Indian journal of veterinary science and animal husbandry - Volume 13,
Year: 1943
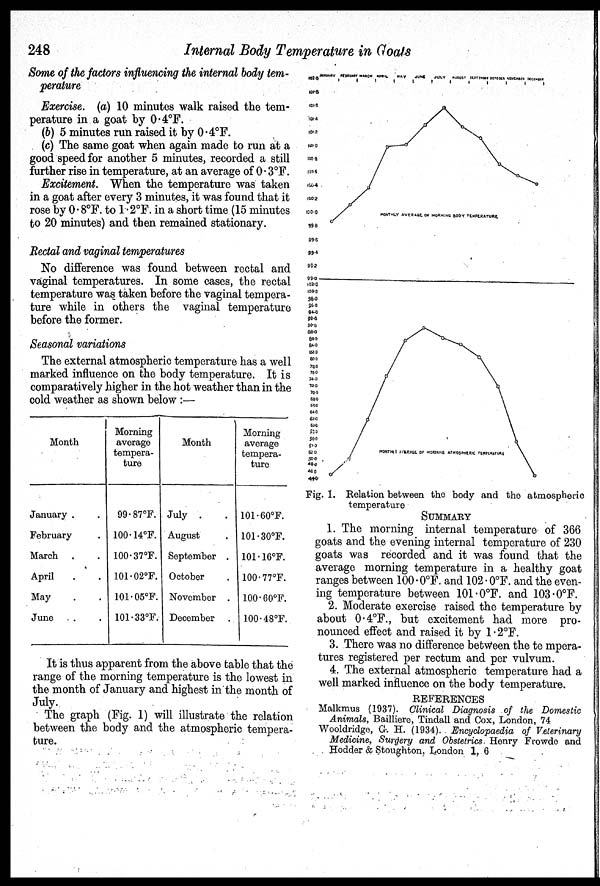
248
Internal Body Temperature in Goals
Some of the factors influencing the internal body tem-
perature
Exercise. (a) 10 minutes walk raised the tem-
perature in a goat by 0.4ºF.
(b) 5 minutes run raised it by 0.4ºF.
(c) The same goat when again made to run at a
good speed for another 5 minutes, recorded a still
further rise in temperature, at an average of 0.3ºF.
Excitement. When the temperature was taken
in a goat after every 3 minutes, it was found that it
rose by 0.8ºF. to 1.2ºF. in a short time (15 minutes
to 20 minutes) and then remained stationary.
Rectal and vaginal temperatures
No difference was found between rectal and
vaginal temperatures. In some cases, the rectal
temperature was taken before the vaginal tempera-
ture while in others the vaginal temperature
before the former.
Seasonal variations
The external atmospheric temperature has a well
marked influence on the body temperature. It is
comparatively higher in the hot weather than in the
cold weather as shown below :—
Month
January . .
February . .
March . .
April . .
May . .
June . .
Morning
average
tempera-
ture
99.87ºF.
100.14ºF.
100.37ºF.
101.02ºF.
101.05ºF.
101.33ºF.
Month
July . .
August .
September .
October .
November .
December .
Morning
average
tempera-
ture
101.60ºF.
101.30ºF.
101.16ºF.
100.77ºF.
100.60ºF.
100.48ºF.
It is thus apparent from the above table that the
range of the morning temperature is the lowest in
the month of January and highest in the month of
July.
The graph (Fig. 1) will illustrate the relation
between the body and the atmospheric tempera-
ture.
Fig. 1. Relation between the body and the atmospheric
temperature
SUMMARY
1. The morning internal temperature of 366
goats and the evening internal temperature of 230
goats was recorded and it was found that the
average morning temperature in a healthy goat
ranges between 100.0ºF. and 102.0ºF. and the even-
ing temperature between 101.0ºF. and 103.0ºF.
2. Moderate exercise raised the temperature by
about 0.4ºF., but excitement had more pro-
nounced effect and raised it by 1.2ºF.
3. There was no difference between the te mpera-
tures registered per rectum and per vulvum.
4. The external atmospheric temperature had a
well marked influence on the body temperature.
REFERENCES
Malkmus (1937). Clinical Diagnosis of the Domestic
Animals, Bailliere, Tindall and Cox, London, 74
Wooldridge, G. H. (1934). Encyclopaedia of Veterinary
Medicine, Surgery and Obstetrics Henry Frowde and
Hodder & Stoughton, London 1, 6